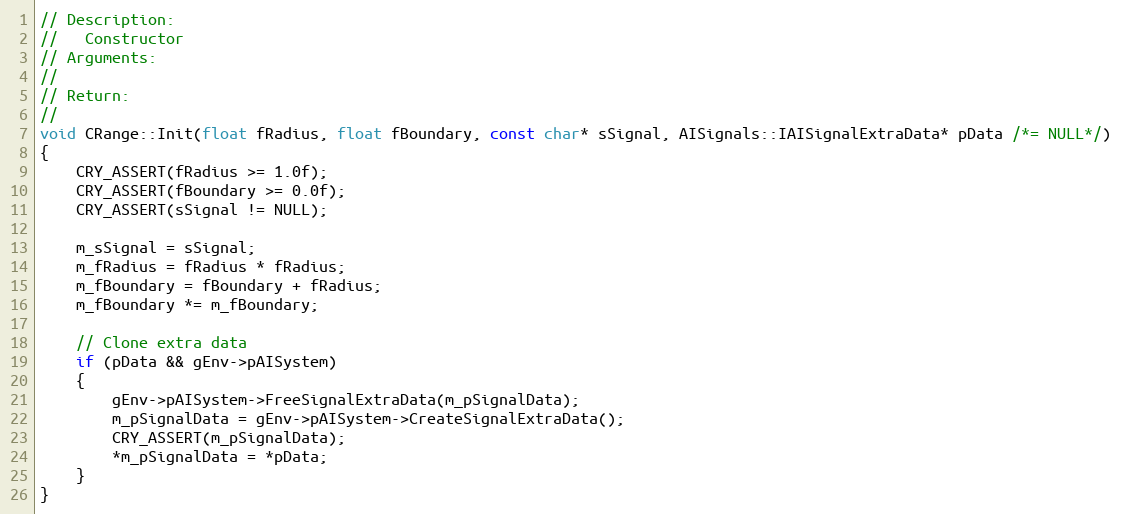
Language: C++
// Description:
//   Constructor
// Arguments:
//
// Return:
//
void CRange::Init(float fRadius, float fBoundary, const char* sSignal, AISignals::IAISignalExtraData* pData /*= NULL*/)
{
	CRY_ASSERT(fRadius >= 1.0f);
	CRY_ASSERT(fBoundary >= 0.0f);
	CRY_ASSERT(sSignal != NULL);

	m_sSignal = sSignal;
	m_fRadius = fRadius * fRadius;
	m_fBoundary = fBoundary + fRadius;
	m_fBoundary *= m_fBoundary;

	// Clone extra data
	if (pData && gEnv->pAISystem)
	{
		gEnv->pAISystem->FreeSignalExtraData(m_pSignalData);
		m_pSignalData = gEnv->pAISystem->CreateSignalExtraData();
		CRY_ASSERT(m_pSignalData);
		*m_pSignalData = *pData;
	}
}